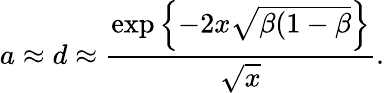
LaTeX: a\approx d\approx\frac{\exp\left\{ -2x\sqrt{\beta(1-\beta}\right\} }{\sqrt{x}}.